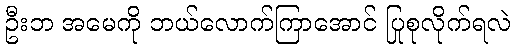
ဦးဘ အမေကို ဘယ်လောက်ကြာအောင် ပြုစုလိုက်ရလဲ